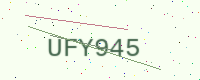
Text: UFY945